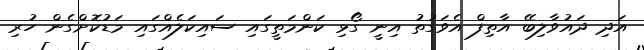
އަދި ދައުވާލިބޭ އާތިފް އެވަގުތު އިނީ ގޯޅި ކަންމަތީގައި ސައިކަލެއްގައި މަޑުކޮށްގެން ހުރި